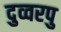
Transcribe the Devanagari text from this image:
दुव्वरपु